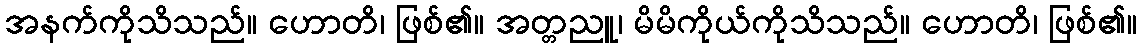
အနက်ကိုသိသည်။ ဟောတိ၊ ဖြစ်၏။ အတ္တညူ၊ မိမိကိုယ်ကိုသိသည်။ ဟောတိ၊ ဖြစ်၏။